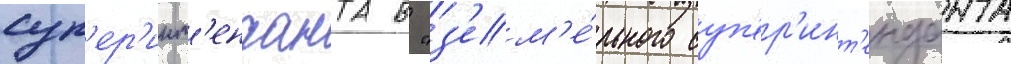
суп'ер'инт'енданта в "з'ем'е́льного суп'ер'инт'енданта